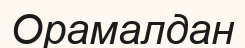
Орамалдан